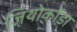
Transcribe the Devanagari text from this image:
जियोकोंडा